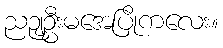
ညဉျ့ဦးမအေပြိုကလေး။